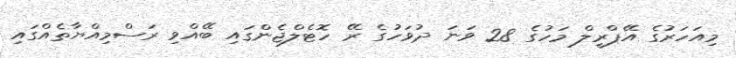
މިއަހަރުގެ އޭޕްރީލް މަހުގެ 28 ވަނަ ދުވަހުގެ ރޭ ހޮޓެލްޖެންގައި ބޭއްވި ރަސްމިއްޔާތެއްގައި